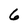
Character: 6